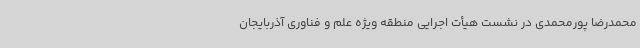
محمدرضا پورمحمدی در نشست هیأت اجرایی منطقه ویژه علم و فناوری آذربایجان